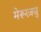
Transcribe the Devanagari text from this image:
मेरूरजजु